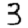
Digit: 3